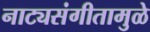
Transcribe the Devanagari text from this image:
नाट्यसंगीतामुळे